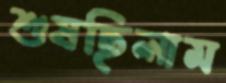
শুষছিলাম